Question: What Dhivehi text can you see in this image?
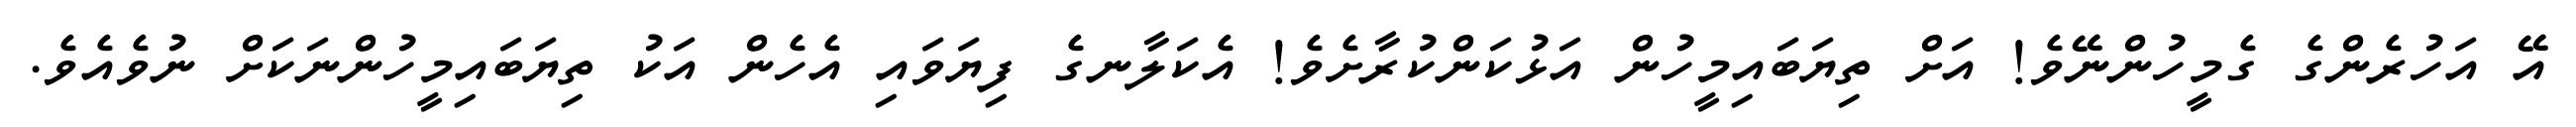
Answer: އޭ އަހުރެންގެ ގެމީހުންނޭވެ! އަށް ތިޔަބައިމީހުން އަޅުކަންކުރާށެވެ! އެކަލާނގެ ފިޔަވައި އެހެން އަކު ތިޔަބައިމީހުންނަކަށް ނުވެއެވެ.